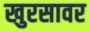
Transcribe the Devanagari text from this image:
खुरसावर